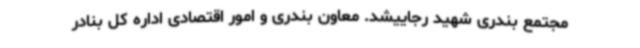
مجتمع بندری شهید رجاییشد. معاون بندری و امور اقتصادی اداره کل بنادر